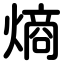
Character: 熵